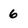
Character: 6